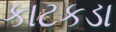
કાટકડા